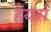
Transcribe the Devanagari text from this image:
हेयर्स